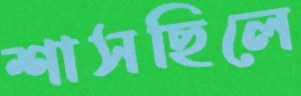
শাসছিলে